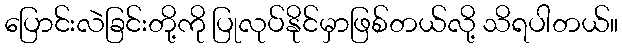
ပြောင်းလဲခြင်းတို့ကို ပြုလုပ်နိုင်မှာဖြစ်တယ်လို့ သိရပါတယ်။